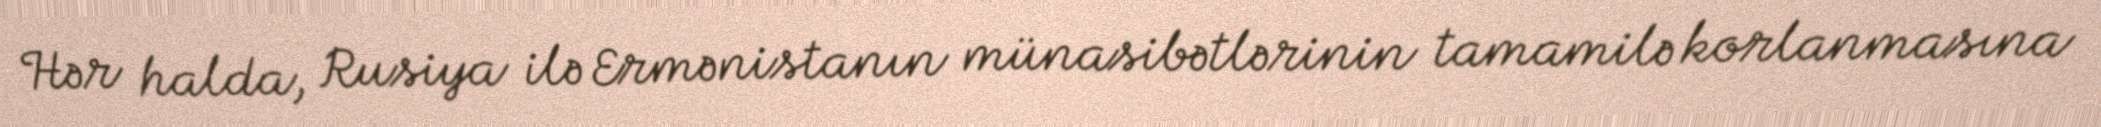
Hər halda, Rusiya ilə Ermənistanın münasibətlərinin tamamilə korlanmasına